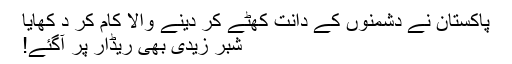
پاکستان نے دشمنوں کے دانت کھٹے کر دینے والا کام کر د کھایا
شبر زیدی بھی ریڈار پر آگئے!